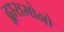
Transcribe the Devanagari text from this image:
द्वारामोनो